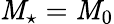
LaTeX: \mathit{M}_{\star}=\mathit{M}_{0}